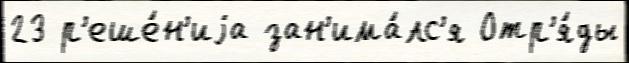
23 р'еше́н'иjа зан'има́лс'я Отр'я́ды